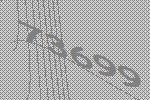
73699